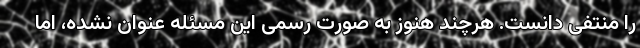
را منتفی دانست. هرچند هنوز به صورت رسمی این مسئله عنوان نشده، اما